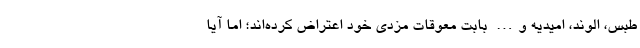
طبس، الوند، امیدیه و… بابت معوقات مزدی خود اعتراض کرده‌اند؛ اما آیا